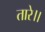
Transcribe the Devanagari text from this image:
तारे।।